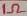
Text: 1Ω